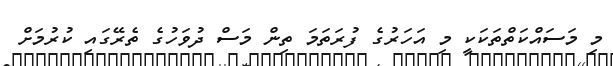
މި މަސައްކަތްތަކަކީ މި އަހަރުގެ ފުރަތަމަ ތިން މަސް ދުވަހުގެ ތެރޭގައި ކުރުމަށް